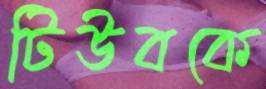
টিউবকে